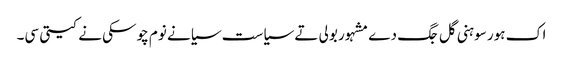
اک ہور سوہنی گل جگ دے مشہور بولی تے سیاست سیانے نوم چوسکی نے کیتی سی۔